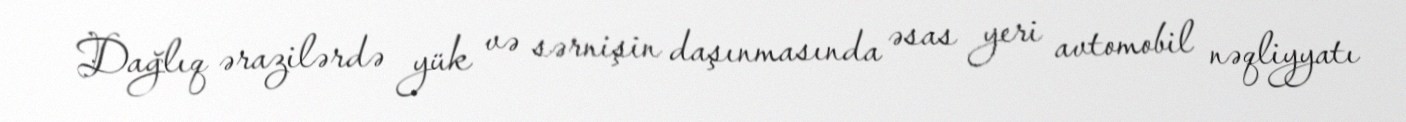
Dağlıq ərazilərdə yük və sərnişin daşınmasında əsas yeri avtomobil nəqliyyatı